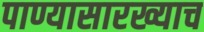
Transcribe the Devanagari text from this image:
पाण्यासारख्याच